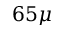
6 5 \mu